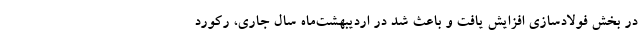
در بخش فولادسازی افزایش یافت و باعث شد در اردیبهشت‌ماه سال جاری، رکورد